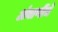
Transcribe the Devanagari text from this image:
अंबाणींचे